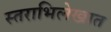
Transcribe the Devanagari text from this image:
स्तराभिलेखात